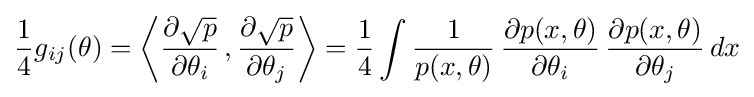
{\frac {1}{4}}g_{ij}(\theta )=\left\langle {\frac {\partial {\sqrt {p}}}{\partial \theta _{i}}}\,,{\frac {\partial {\sqrt {p}}}{\partial \theta _{j}}}\right\rangle ={\frac {1}{4}}\int {\frac {1}{p(x,\theta )}}\,{\frac {\partial p(x,\theta )}{\partial \theta _{i}}}\,{\frac {\partial p(x,\theta )}{\partial \theta _{j}}}\,dx